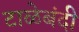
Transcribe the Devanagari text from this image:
टाळेबंदी